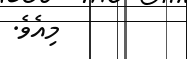
މިއެވެ.